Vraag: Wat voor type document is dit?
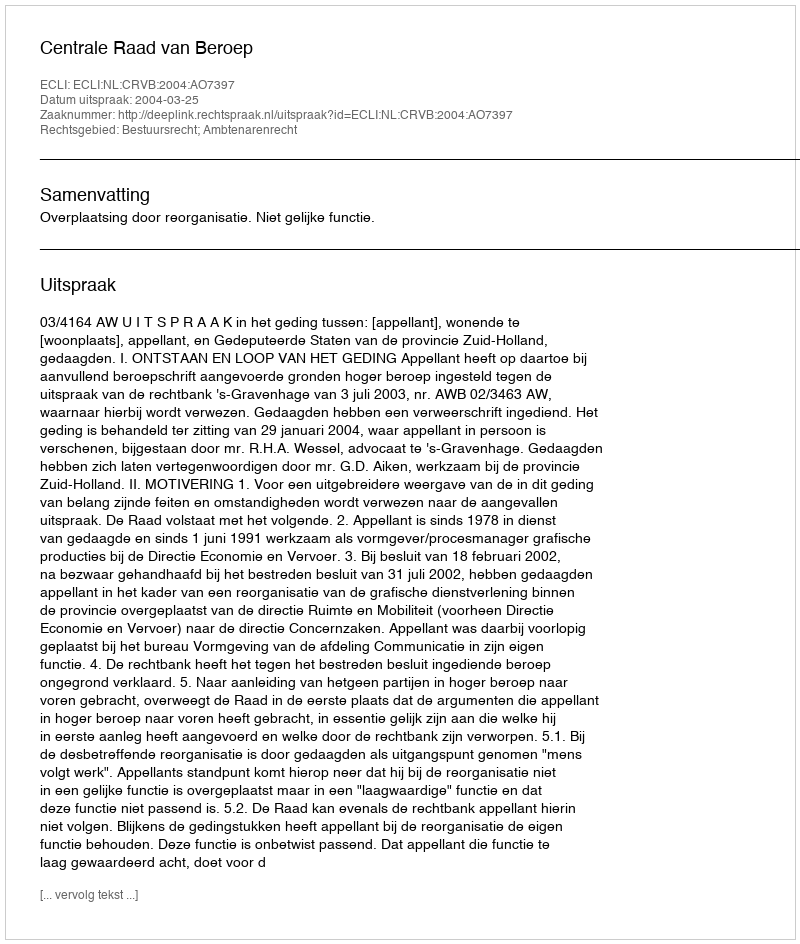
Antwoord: Uitspraak